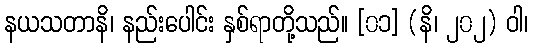
နယသတာနိ၊ နည်းပေါင်း နှစ်ရာတို့သည်။ [၀၁] (နိ၊ ၂၀၂) ဝါ၊